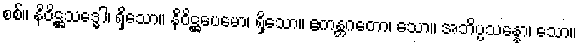
စစ်။ နိဝိဋ္ဌသဒ္ဓေါ၊ ရှိသော။ နိဝိဋ္ဌပေမော၊ ရှိသော။ ဧကန္တဂတော၊ သော။ အဘိပ္ပသန္နော၊ သော။